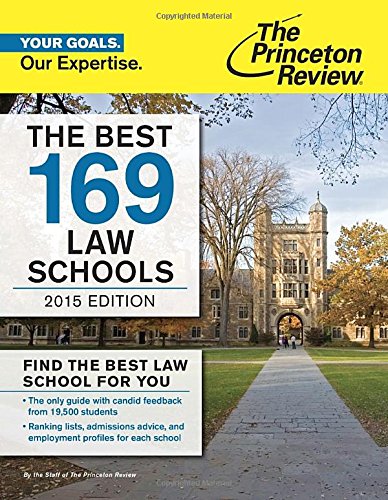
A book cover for The Best 169 Law Schools, 2015 Edition (Graduate School Admissions Guides); Princeton Review; Education & Teaching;